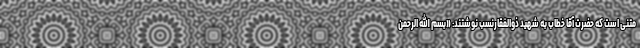
متنی است که حضرت آقا خطاب به شهید ذوالفقارنسب نوشتند: «بسم الله الرحمن